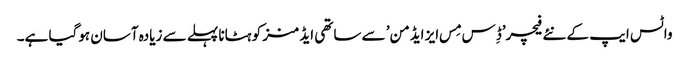
واٹس ایپ کے نئے فیچر’ڈِس مِس ایز ایڈمن’ سے ساتھی ایڈمنز کو ہٹانا پہلے سے زیادہ آسان ہوگیا ہے۔